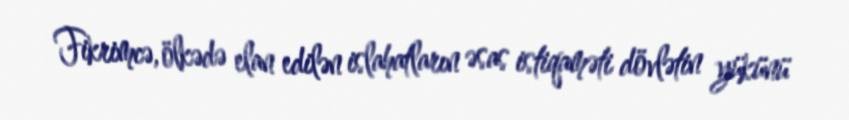
Fikrimcə, ölkədə elan edilən islahatların əsas istiqaməti dövlətin yükünü